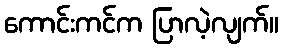
ကောင်းကင်က ပြာလဲ့လျက်။